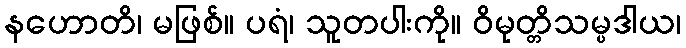
နဟောတိ၊ မဖြစ်။ ပရံ၊ သူတပါးကို။ ဝိမုတ္တိသမ္ပဒါယ၊